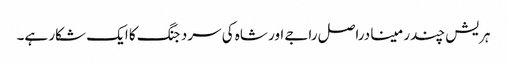
ہریش چندر مینا دراصل راجے اور شاہ کی سرد جنگ کا ایک شکار ہے۔